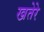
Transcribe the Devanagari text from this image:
खतेरे